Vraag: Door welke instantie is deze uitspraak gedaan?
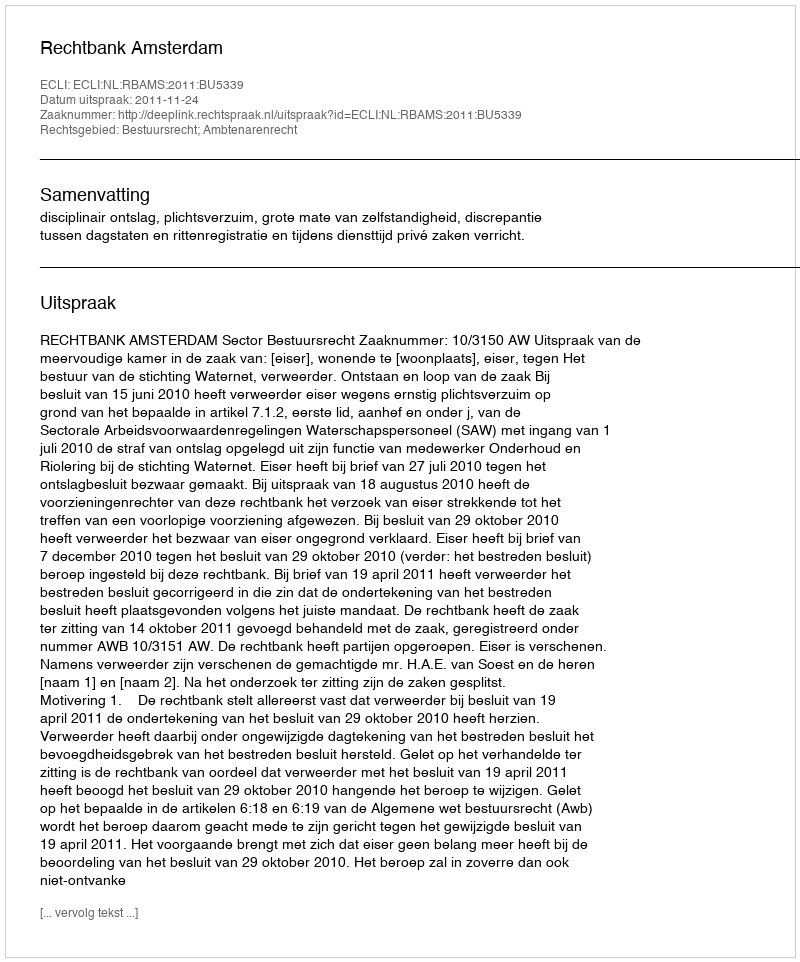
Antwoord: Rechtbank Amsterdam